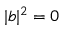
| b | ^ { 2 } = 0